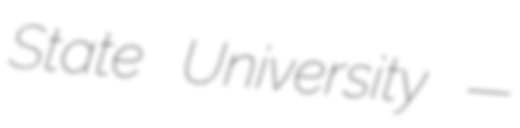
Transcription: State University —